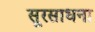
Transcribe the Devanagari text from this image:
सूरसाधना